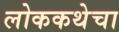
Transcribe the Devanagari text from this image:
लोककथेचा